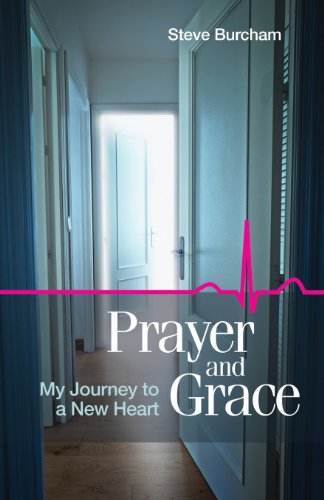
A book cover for Prayer and Grace; Steve Burcham; Health, Fitness & Dieting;